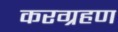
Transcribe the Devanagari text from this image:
करग्रहण